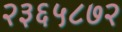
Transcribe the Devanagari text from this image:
२३६५८७२